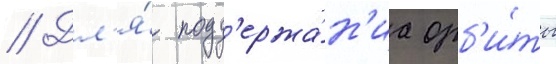
// Дл'я́ подд'ержа́н'иа орб'и́ты